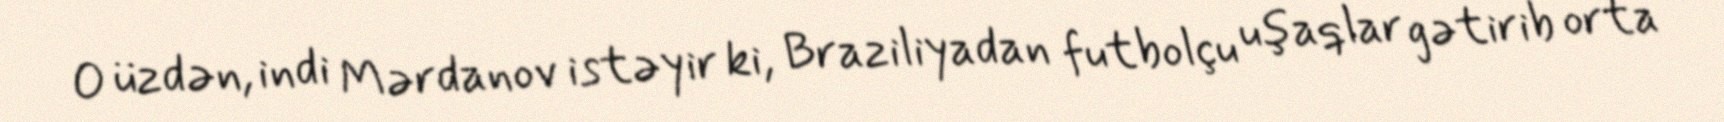
O üzdən, indi Mərdanov istəyir ki, Braziliyadan futbolçu uşaqlar gətirib orta